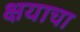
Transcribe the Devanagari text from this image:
क्षयाचा